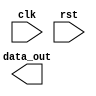
module RISC_V_Bus_Controller (
    // Input ports
    input wire clk,
    input wire rst,
    // Output ports
    output wire [7:0] data_out,
    // Add any other necessary input/output ports here
);

// Add clock generator module here

// Add FIFO buffer module here

// Add synchronization logic module here

// Add error detection and correction mechanisms here

// Add support for various bus protocols here

endmodule